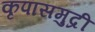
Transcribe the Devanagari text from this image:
कृपासमुद्री